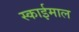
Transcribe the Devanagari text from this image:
स्काईमाल